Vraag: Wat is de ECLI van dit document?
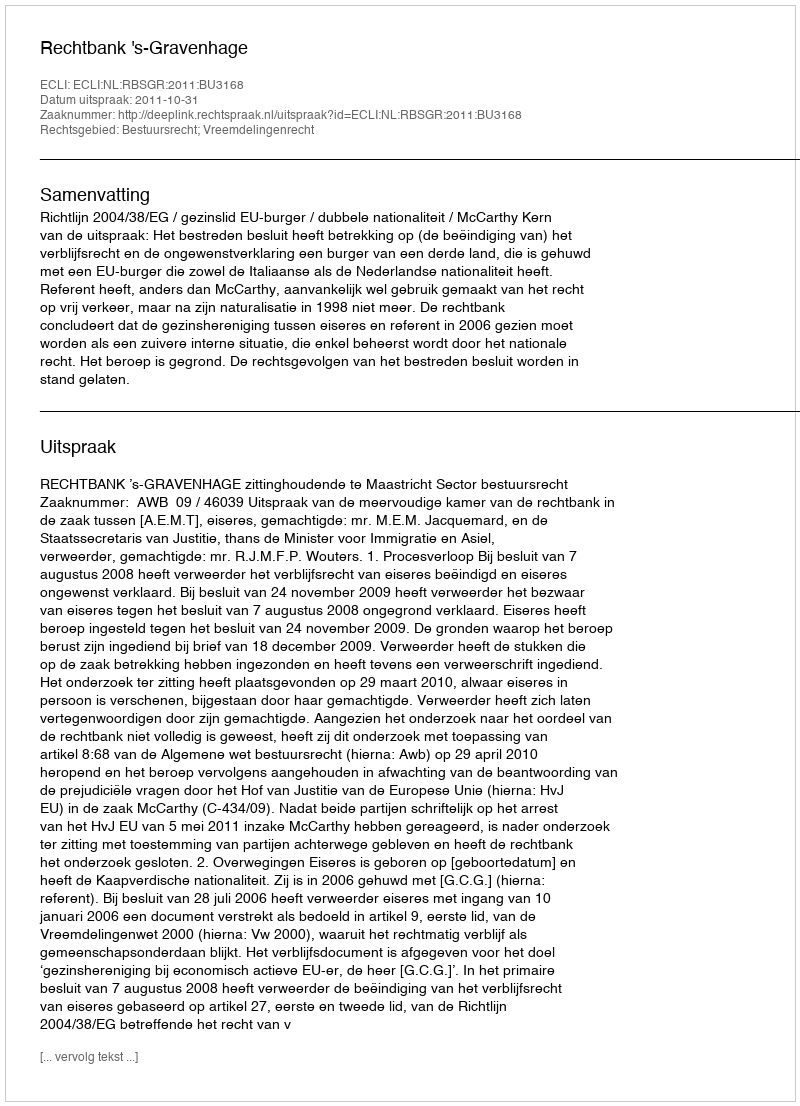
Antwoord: ECLI:NL:RBSGR:2011:BU3168